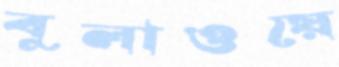
বুলাওয়ে